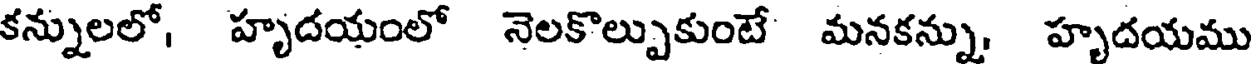
కన్నులలో, హృదయంలో నెలకొల్పుకుంటే మనకన్ను, హృదయము